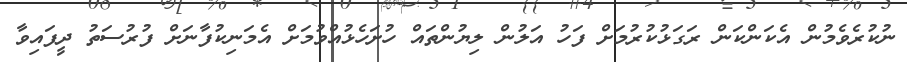
ނުކުރެވެމުން އެކަންކަން ރަގަޅުކުރުމަށް ފަހު އަލުން ލިޔުންތައް ހުށަހެޅުއްވުމަށް އެމަނިކުފާނަށް ފުރުސަތު ދީފައިވާ